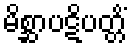
မိစ္ဆာပဋိပတ္တိံ